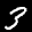
Label: 3